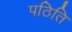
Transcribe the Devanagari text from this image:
पठिति